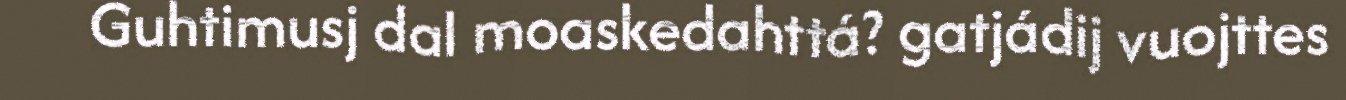
Guhtimusj dal moaskedahttá? gatjádij vuojttes